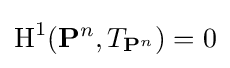
\operatorname {H} ^{1}(\mathbf {P} ^{n},T_{\mathbf {P} ^{n}})=0